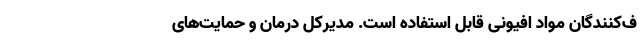
ف‌کنندگان مواد افیونی قابل استفاده است. مدیرکل درمان و حمایت‌های